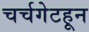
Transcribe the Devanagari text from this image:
चर्चगेटहून